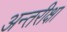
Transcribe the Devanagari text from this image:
अन्तरीक्षा